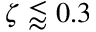
\zeta \lessapprox 0 . 3